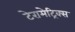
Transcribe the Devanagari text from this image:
टेरामेट्रिक्स